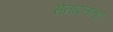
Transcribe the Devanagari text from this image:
सेनादलातून